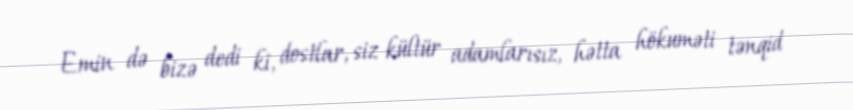
Emin də bizə dedi ki, dostlar, siz kültür adamlarısız, hətta hökuməti tənqid